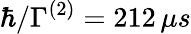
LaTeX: \hbar/\Gamma^{(2)}=212\, \mu s